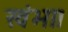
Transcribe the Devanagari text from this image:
खंभा।